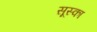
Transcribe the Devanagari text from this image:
सूस्का